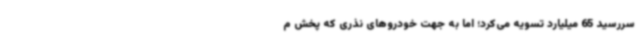
سررسید 65 میلیارد تسویه می‌کرد؛ اما به جهت خودروهای نذری که پخش م